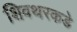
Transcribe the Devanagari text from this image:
शिवथरकडे